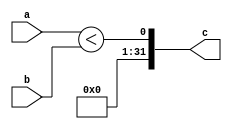
`timescale 1ns / 1ps
//////////////////////////////////////////////////////////////////////////////////
// Company: 
// Engineer: 
// 
// Design Name: 
// Module Name: Comparator
// Project Name: 
// Target Devices: 
// Tool Versions: 
// Description: 
// 
// Dependencies: 
// 
// Revision:
// Revision 0.01 - File Created
// Additional Comments:
// 
//////////////////////////////////////////////////////////////////////////////////


module Comparator(
    input [31:0] a,
    input [31:0] b,
    output [31:0] c
    );
    assign c[31:1] = 31'b0;
    assign c[0] = ($signed(a) < $signed(b));
endmodule